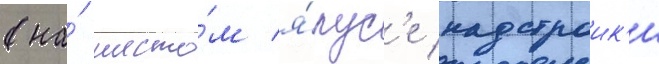
(на́ шесто́м я́рус'е надстроик'и